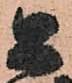
公